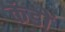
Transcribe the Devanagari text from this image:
कंडों